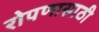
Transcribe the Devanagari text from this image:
रोपणासाठी